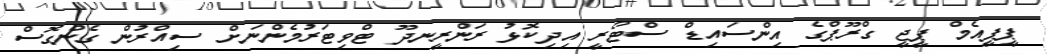
ޕީޕީއެމް ޕީޖީ ގްރޫޕްގެ އިންސައިޑް ސްޓޯރީ އިދިކޮޅު ރަންރީނދޫ ޓްވިޓަރުމެންނަށް ސިއްރުން ގެންގޮސް